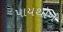
પાયથોન